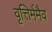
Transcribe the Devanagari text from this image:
वृत्तिर्ममैव